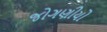
જોગણીયો